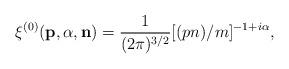
LaTeX: \begin{align*}\xi^{(0)}({\bf p},{\alpha},{\bf n})=\frac{1}{(2\pi)^{3/2}}[(pn)/m]^{-1+i\alpha},\end{align*}